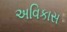
અવિકાસ